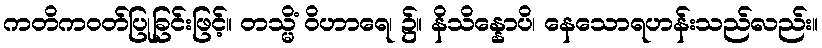
ကတိကဝတ်ပြုခြင်းဖြင့်။ တသ္မိံ ဝိဟာရေ၊ ၌။ နိသိန္နောပိ၊ နေသောရဟန်းသည်လည်း။